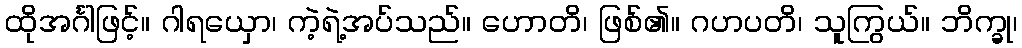
ထိုအင်္ဂါဖြင့်။ ဂါရယှော၊ ကဲ့ရဲ့အပ်သည်။ ဟောတိ၊ ဖြစ်၏။ ဂဟပတိ၊ သူကြွယ်။ ဘိက္ခု၊